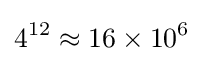
4^{12}\approx 16\times 10^{6}